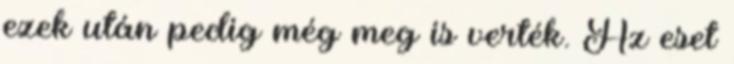
ezek után pedig még meg is verték. Az eset